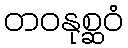
တဝနုစ္ဆဝံ